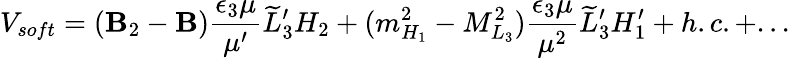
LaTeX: V_{soft}=(\mathbf{B}_{2}-\mathbf{B}){\frac{{\epsilon_{3}\mu}}{{\mu^{\prime}}}}\widetilde{L}_{3}^{\prime}H_{2}+(m_{H_{1}}^{2}-M_{L_{3}}^{2}){\frac{{\epsilon_{3}\mu}}{{\mu^{2}}}}\widetilde{L}_{3}^{\prime}H_{1}^{\prime}+h.c.+...